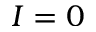
I = 0